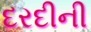
દરદીની